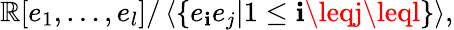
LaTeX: \mathbb{R}[e_{1},\ldots,e_{l}]/\left\langle\{ e_{\mathbf{i}}e_{j}|1\leq\mathbf{i}\leqj\leql\} \right\rangle,